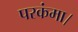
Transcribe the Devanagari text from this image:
परकंमा।